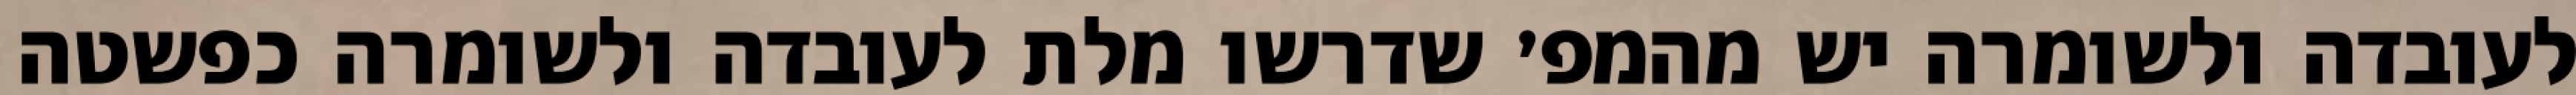
לעובדה ולשומרה יש מהמפ׳ שדרשו מלת לעובדה ולשומרה כפשטה